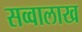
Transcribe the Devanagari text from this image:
सव्वालाख